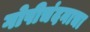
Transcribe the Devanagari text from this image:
गोपीचंदनाचा